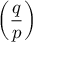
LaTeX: \left( { \frac { q } { p } } \right)